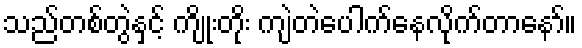
သည်တစ်တွဲနှင့် ကျိုးတိုး ကျဲတဲပေါက်နေလိုက်တာနော်။